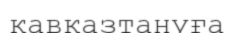
кавказтануға